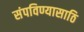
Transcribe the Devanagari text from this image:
संपविण्यासाठि